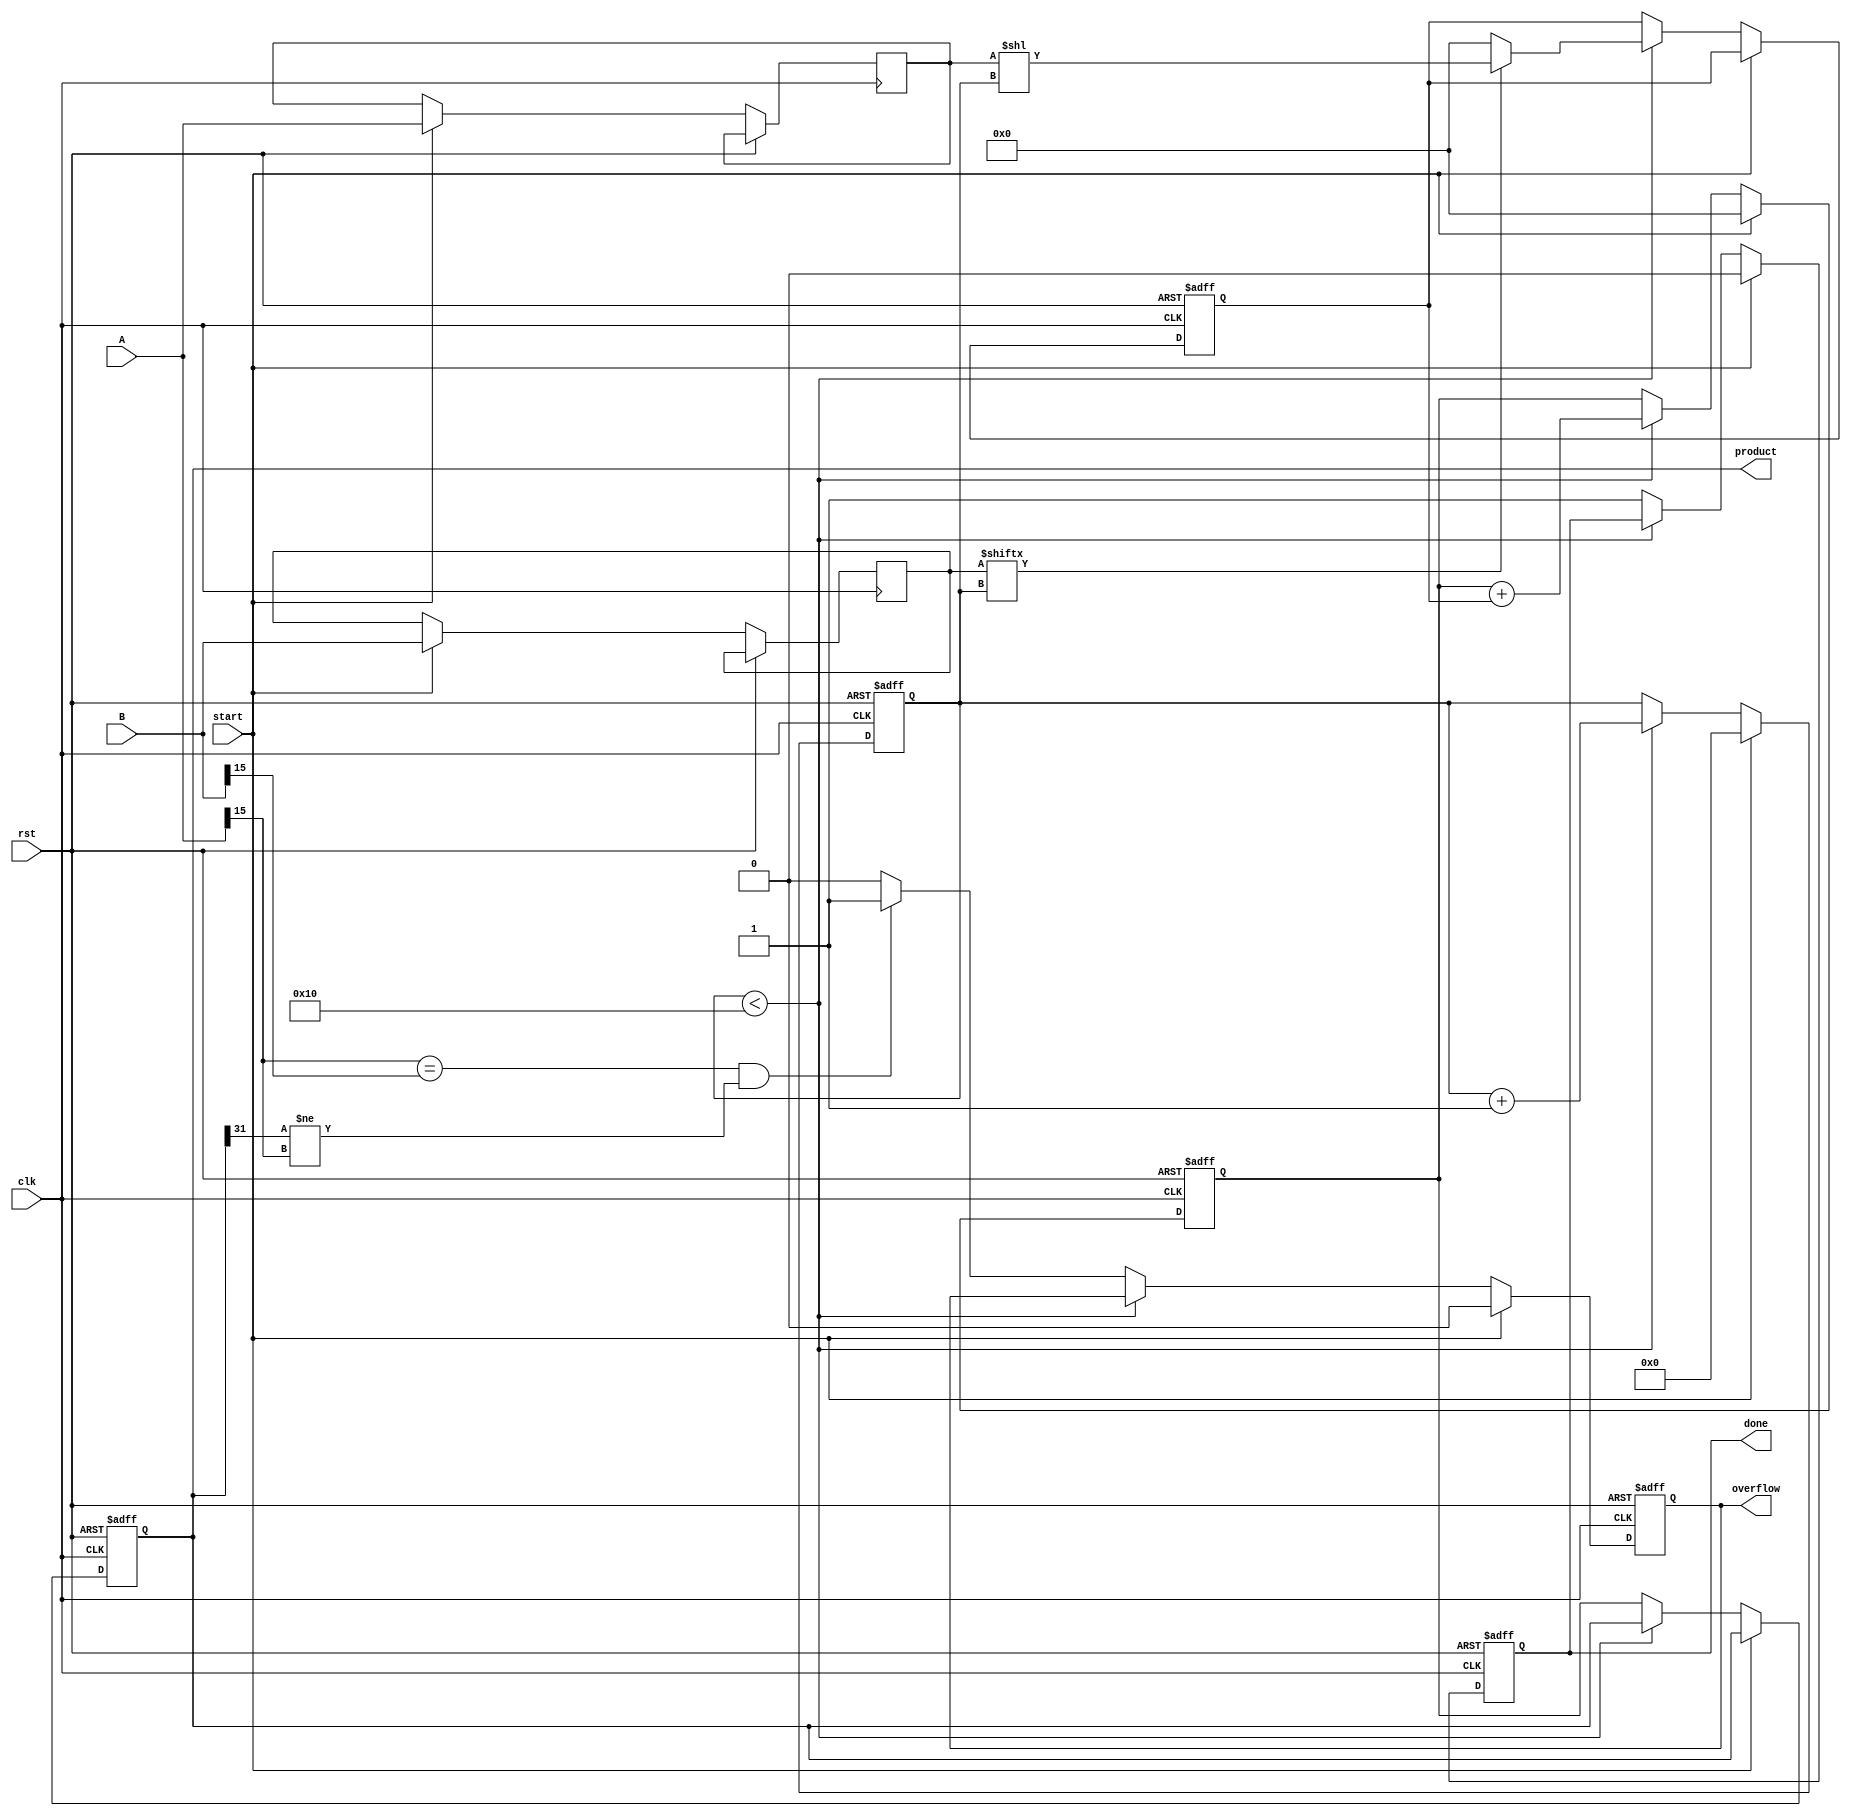
module radix2_multiplier (
    input wire clk,
    input wire rst,
    input wire start,
    input wire signed [15:0] A, // Multiplicand
    input wire signed [15:0] B, // Multiplier
    output reg signed [31:0] product, // Product
    output reg done, // Indicates multiplication is complete
    output reg overflow // Overflow detection
);

    reg [15:0] multiplicand;
    reg [15:0] multiplier;
    reg [31:0] partial_product;
    reg [4:0] count; // Count for bit processing
    reg [31:0] sum; // Accumulator for the final product

    always @(posedge clk or posedge rst) begin
        if (rst) begin
            product <= 0;
            done <= 0;
            overflow <= 0;
            count <= 0;
            sum <= 0;
            partial_product <= 0;
        end else if (start) begin
            // Load inputs
            multiplicand <= A;
            multiplier <= B;
            sum <= 0;
            count <= 0;
            done <= 0;
            overflow <= 0;
        end else if (count < 16) begin
            // Generate partial product
            if (multiplier[count]) begin
                partial_product <= multiplicand << count; // Shift multiplicand
            end else begin
                partial_product <= 0; // No partial product
            end
            
            // Add partial product to sum
            sum <= sum + partial_product;

            // Increment count
            count <= count + 1;
        end else begin
            // Final product assignment
            product <= sum;

            // Overflow detection
            if ((A[15] == B[15]) && (product[31] != A[15])) begin
                overflow <= 1; // Overflow occurred
            end else begin
                overflow <= 0;
            end

            done <= 1; // Indicate multiplication is complete
        end
    end
endmodule